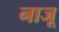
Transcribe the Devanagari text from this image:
नाजू